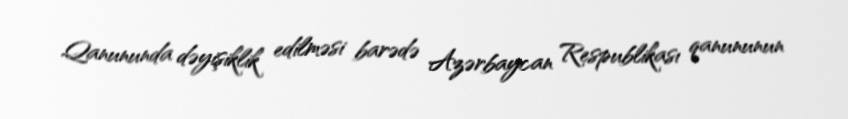
Qanununda dəyişiklik edilməsi barədə Azərbaycan Respublikası qanununun